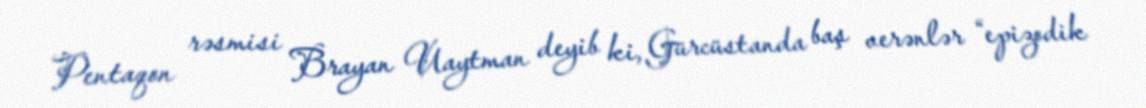
Pentaqon rəsmisi Brayan Uaytman deyib ki, Gürcüstanda baş verənlər “epizodik